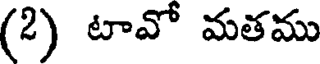
(2) టావో మతము